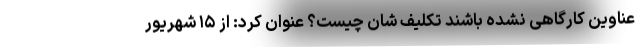
عناوین کارگاهی نشده باشند تکلیف شان چیست؟ عنوان کرد: از ۱۵ شهریور